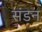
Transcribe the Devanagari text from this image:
संडन